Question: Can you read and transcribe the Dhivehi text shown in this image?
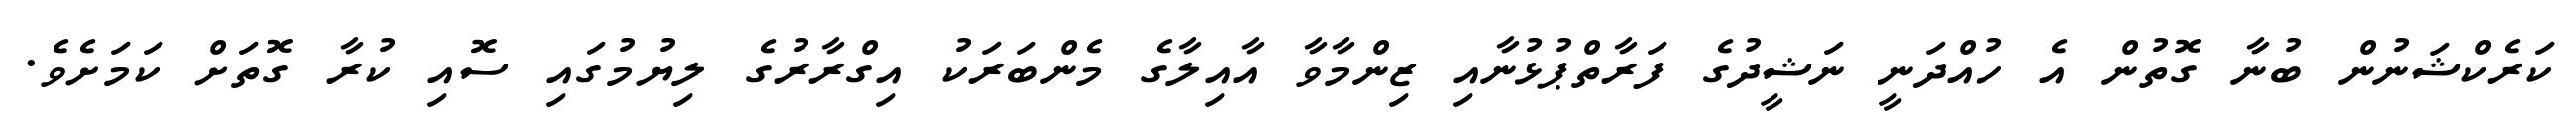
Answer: ކަރެކްޝަނުން ބުނާ ގޮތުން އެ ހުއްދަނީ ނަޝީދުގެ ފަރާތްޕުޅުނާއި ޒިންމާވާ އާއިލާގެ މެންބަރަކު އިގްރާރުގެ ލިޔުމުގައި ސޮއި ކުރާ ގޮތަށް ކަމަށެވެ.